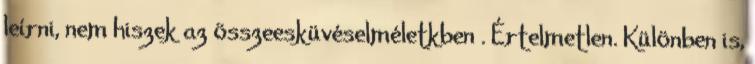
leírni, nem hiszek az összeesküvéselméletkben . Értelmetlen. Különben is,